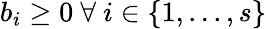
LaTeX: b_{i}\geq 0\mathrm{~}\forall\mathrm{~}i\in\{ 1,...,s\}